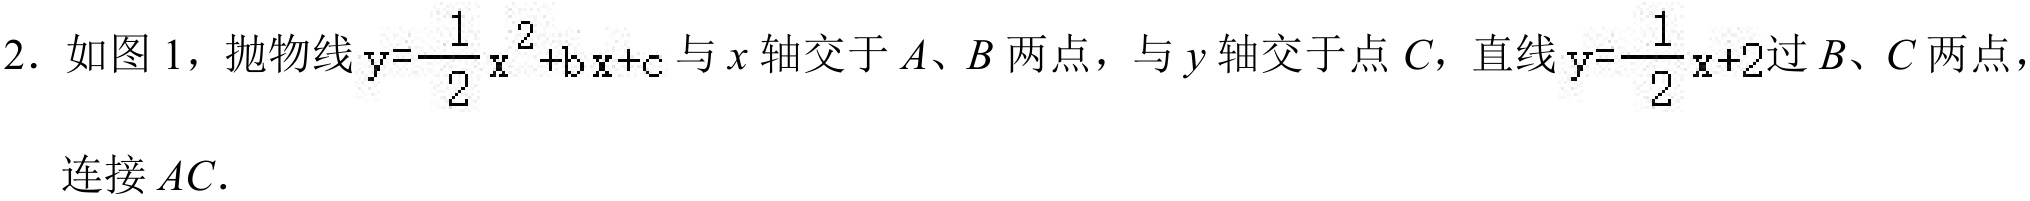
2. 如图 1，抛物线\(y = \frac{1}{2}x^{2}+bx + c\)与\(x\)轴交于\(A\)、\(B\)两点，与\(y\)轴交于点\(C\)，直线\(y=\frac{1}{2}x + 2\)过\(B\)、\(C\)两点，
连接 \(AC\).